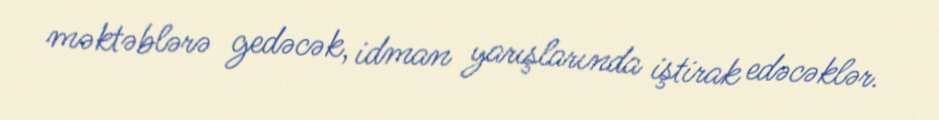
məktəblərə gedəcək, idman yarışlarında iştirak edəcəklər.